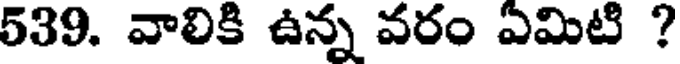
539. వాలికి ఉన్న వరం ఏమిటి ?